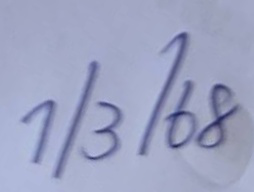
1/3/68